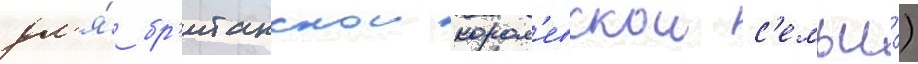
дл'я́ бр'итанскои корол'евскои с'емьи́)